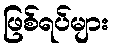
ဖြစ်ရပ်များ